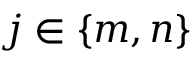
j \in \{ m , n \}